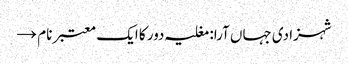
شہزادی جہاں آرا: مغلیہ دور کا ایک معتبر نام →